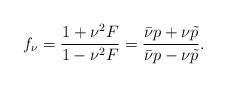
LaTeX: \begin{align*}f_{\nu} = \frac{1+\nu^2 F}{1-\nu^2 F} = \frac{\bar{\nu} p + \nu \tilde{p}}{\bar{\nu} p - \nu \tilde{p}}.\end{align*}